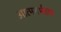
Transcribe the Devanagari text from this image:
आत्मनर्भरता